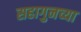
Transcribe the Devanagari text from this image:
सहागुनच्या